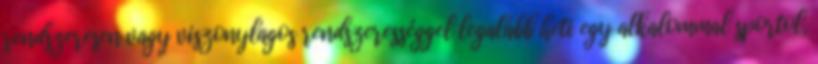
rendszeresen vagy viszonylagos rendszerességgel legalább heti egy alkalommal sportol,